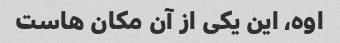
اوه، این یکی از آن مکان هاست